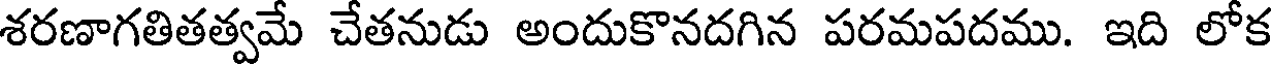
శరణాగతితత్వమే చేతనుడు అందుకొనదగిన పరమపదము. ఇది లోక